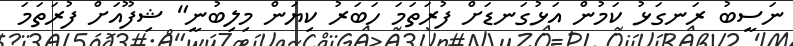
ނަސީބު ރަނގަޅު ކަމުން އަޅުގަނޑަށް ފުރަތަމަ ހަބަރު ކިޔަން މިލިބުނީ" ޝިފޫއަށް ފުރަތަމަ